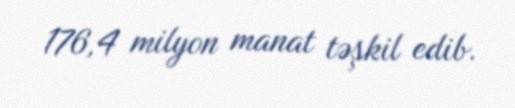
176,4 milyon manat təşkil edib.